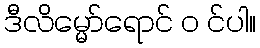
ဒီလိမ္မော်ရောင် ၀ င်ပါ။